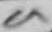
Text: 9